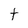
Character: t